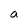
Character: a